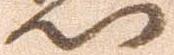
門